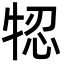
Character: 㸾